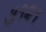
૩૧૨૧